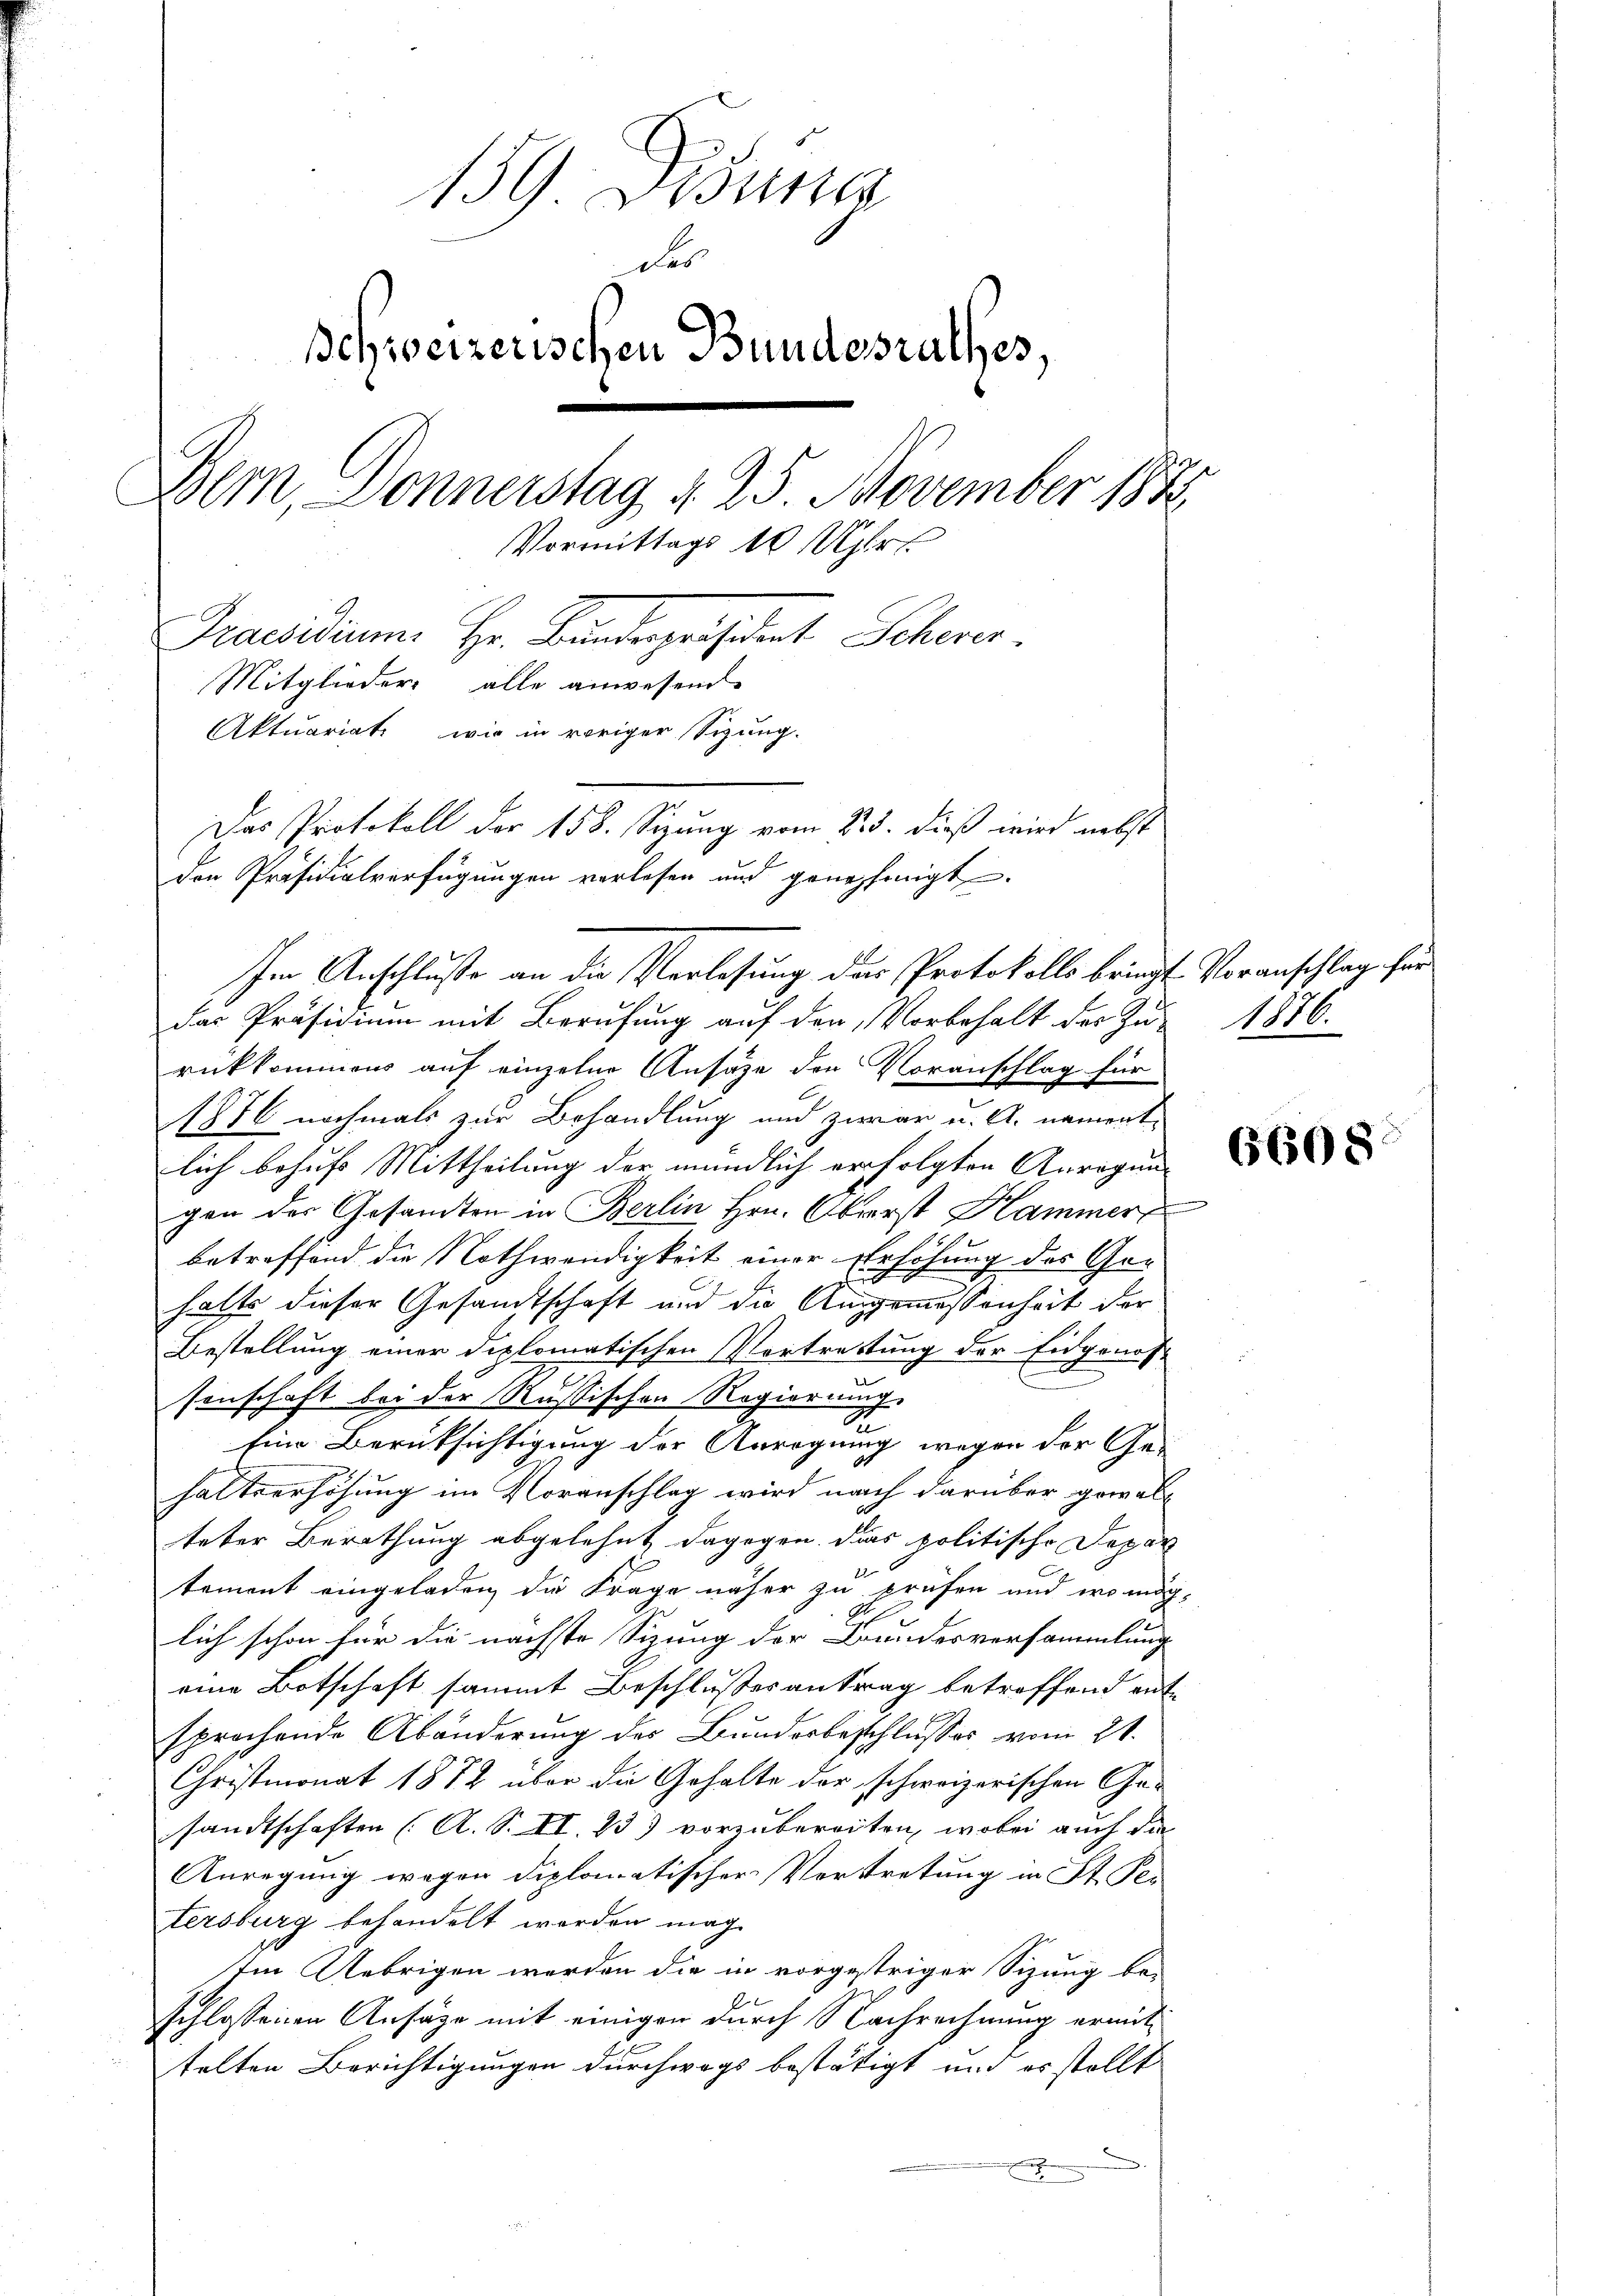
159 Disung
des
Schweizerischen Bundesrathes,
Bern, Donnerstag, d. 25. November 1878
Vormittags 10 Uhr
Praesidium Hr. Bundespräsident Schever
Mitglieder alle anwesende
Aktuariat wir in voriger Sizung.
Das Protokoll der 158. Sizung vom 23. dieß wird nebst
den Präsidialverfügungen verlesen und genehmigt.

Im Anschluße an die Verlesung der Protokolls bringt Voranschlag für
das Präsidium mit Berufung auf den Vorbehalt der Zu-
rükkommens auf einzelne Ansätze der Voranschlag für
C
1876 nochmals zur Behandlung und zwar u. A. nament
lich behufs Mittheilung der mündlich erfolgten Anregung
gan der Gesamten in Berlin Hrn. Oberst Hammer
betreffend die Nothwendigkeit einer Erhöhung des Geg
halts dieser Gesandtschaft und die Angemessenheit der
Bestellung einer diplomatischen Vortrettung der Eidgenos-
—
2
t
sonschaft bei der Rußischen Regierung
2
Ein Berücksichtigung der Anregung wegen der Ge-
haltserhöhung im Voranschlag wird nach darüber gewalteter Berathung abgelehnt dagegen. Das politische Depar
tement eingeladen, die Frage näher zu prüfen und wo mög-
lich schon für die nächste Sizung der Bundesversammlung
eine Botschaft sammt Beschlussesantrag betreffend entsprochende Abänderung des Bundesbeschlusses vom 21.
Christmonat 1872 über die Gehalte der schweizerischen Gesandtschaften (A. S. II. 23) vorzubereiten, wobei auch die
Anregung wegen diplomatischer Vertretung in St. Per
tersburg behandelt worden mag.
Im Uebrigen werden die in vorgestriger Sizung be-
schlossenen Ansäge mit einigen durch Nachrechnung ermittelten Berichtigungen durchwegs bestätigt und es stellt
.

1876.

6608